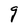
Character: g